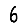
Digit: 6